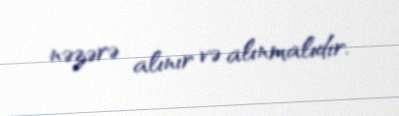
nəzərə alınır və alınmalıdır.